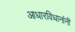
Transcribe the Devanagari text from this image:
आधारविधानांनी